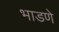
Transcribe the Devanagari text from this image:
भाडणे